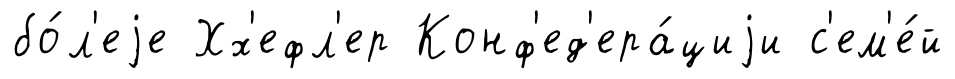
бо́л'еjе Хх'ефл'ер Конф'ед'ера́циjи с'ем'е́й